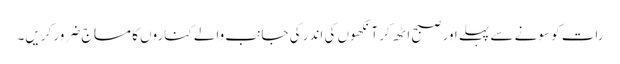
رات کو سونے سے پہلے اور صبح اٹھ کر آنکھوں کی اندر کی جانب والے کناروں کا مساج ضرور کریں۔